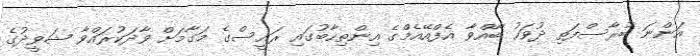
އަންނަ ބުރާސްފަތި ދުވަހު ބާއްވާ އެފްއޭއެމްގެ އިންތިހާބުގައި ރައީސްގެ މަގާމަށް ވާދަކުރައްވާ ޝަވީދުގެ